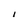
Character: I